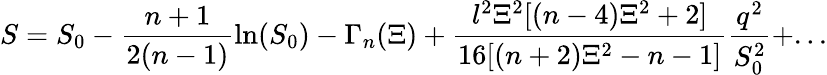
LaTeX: S=S_{0}-\frac{n+1}{2(n-1)}\ln(S_{0})-\Gamma_{n}(\Xi)+\frac{l^{2}\Xi^{2}[(n-4)\Xi^{2}+2]}{16[(n+2)\Xi^{2}-n-1]}\frac{q^{2}}{S_{0}^{2}}+...